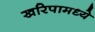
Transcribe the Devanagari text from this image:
खरिपामध्ये